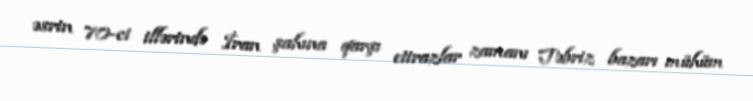
əsrin 70-ci illərində İran şahına qarşı etirazlar zamanı Təbriz bazarı mühüm